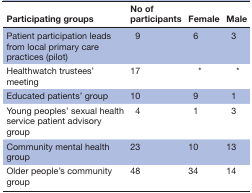
| Participating groups | No of participants | Female | Male |
 | --- | --- | --- | --- |
 | Patient participation leads from local primary care practices (pilot) | 9 | 6 | 3 |
 | Healthwatch trustees’ meeting | 17 | * | * |
 | Educated patients’ group | 10 | 9 | 1 |
 | Young peoples’ sexual health service patient advisory group | 4 | 1 | 3 |
 | Community mental health group | 23 | 10 | 13 |
 | Older people’s community group | 48 | 34 | 14 |